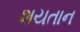
શયતાન